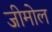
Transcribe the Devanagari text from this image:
जीमोल